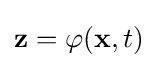
\mathbf {z} =\varphi (\mathbf {x} ,t)